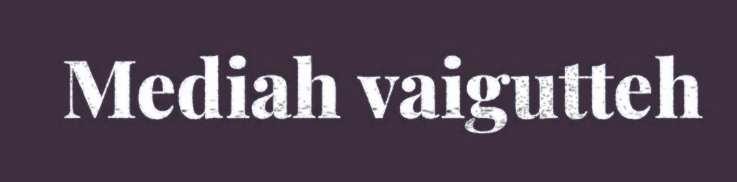
Mediah vaigutteh